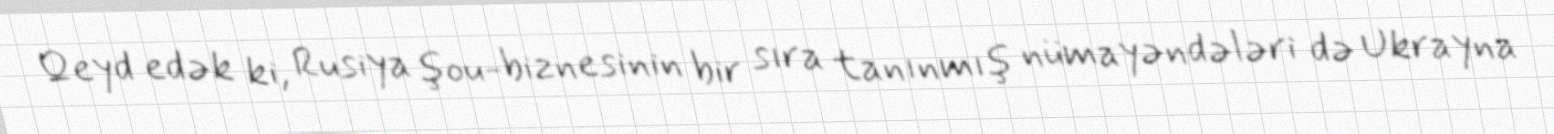
Qeyd edək ki, Rusiya şou-biznesinin bir sıra tanınmış nümayəndələri də Ukrayna